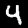
Digit: 4